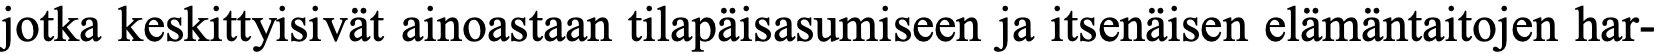
jotka keskittyisivät ainoastaan tilapäisasumiseen ja itsenäisen elämäntaitojen har-